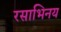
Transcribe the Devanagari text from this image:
रसाभिनय